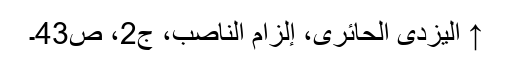
↑ الیزدی الحائری، إلزام الناصب، ج‌2، ص43۔